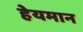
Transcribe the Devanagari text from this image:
हेयमान